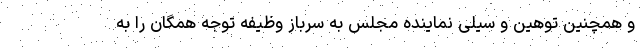
و همچنین توهین و سیلی نماینده مجلس به سرباز وظیفه توجه همگان را به